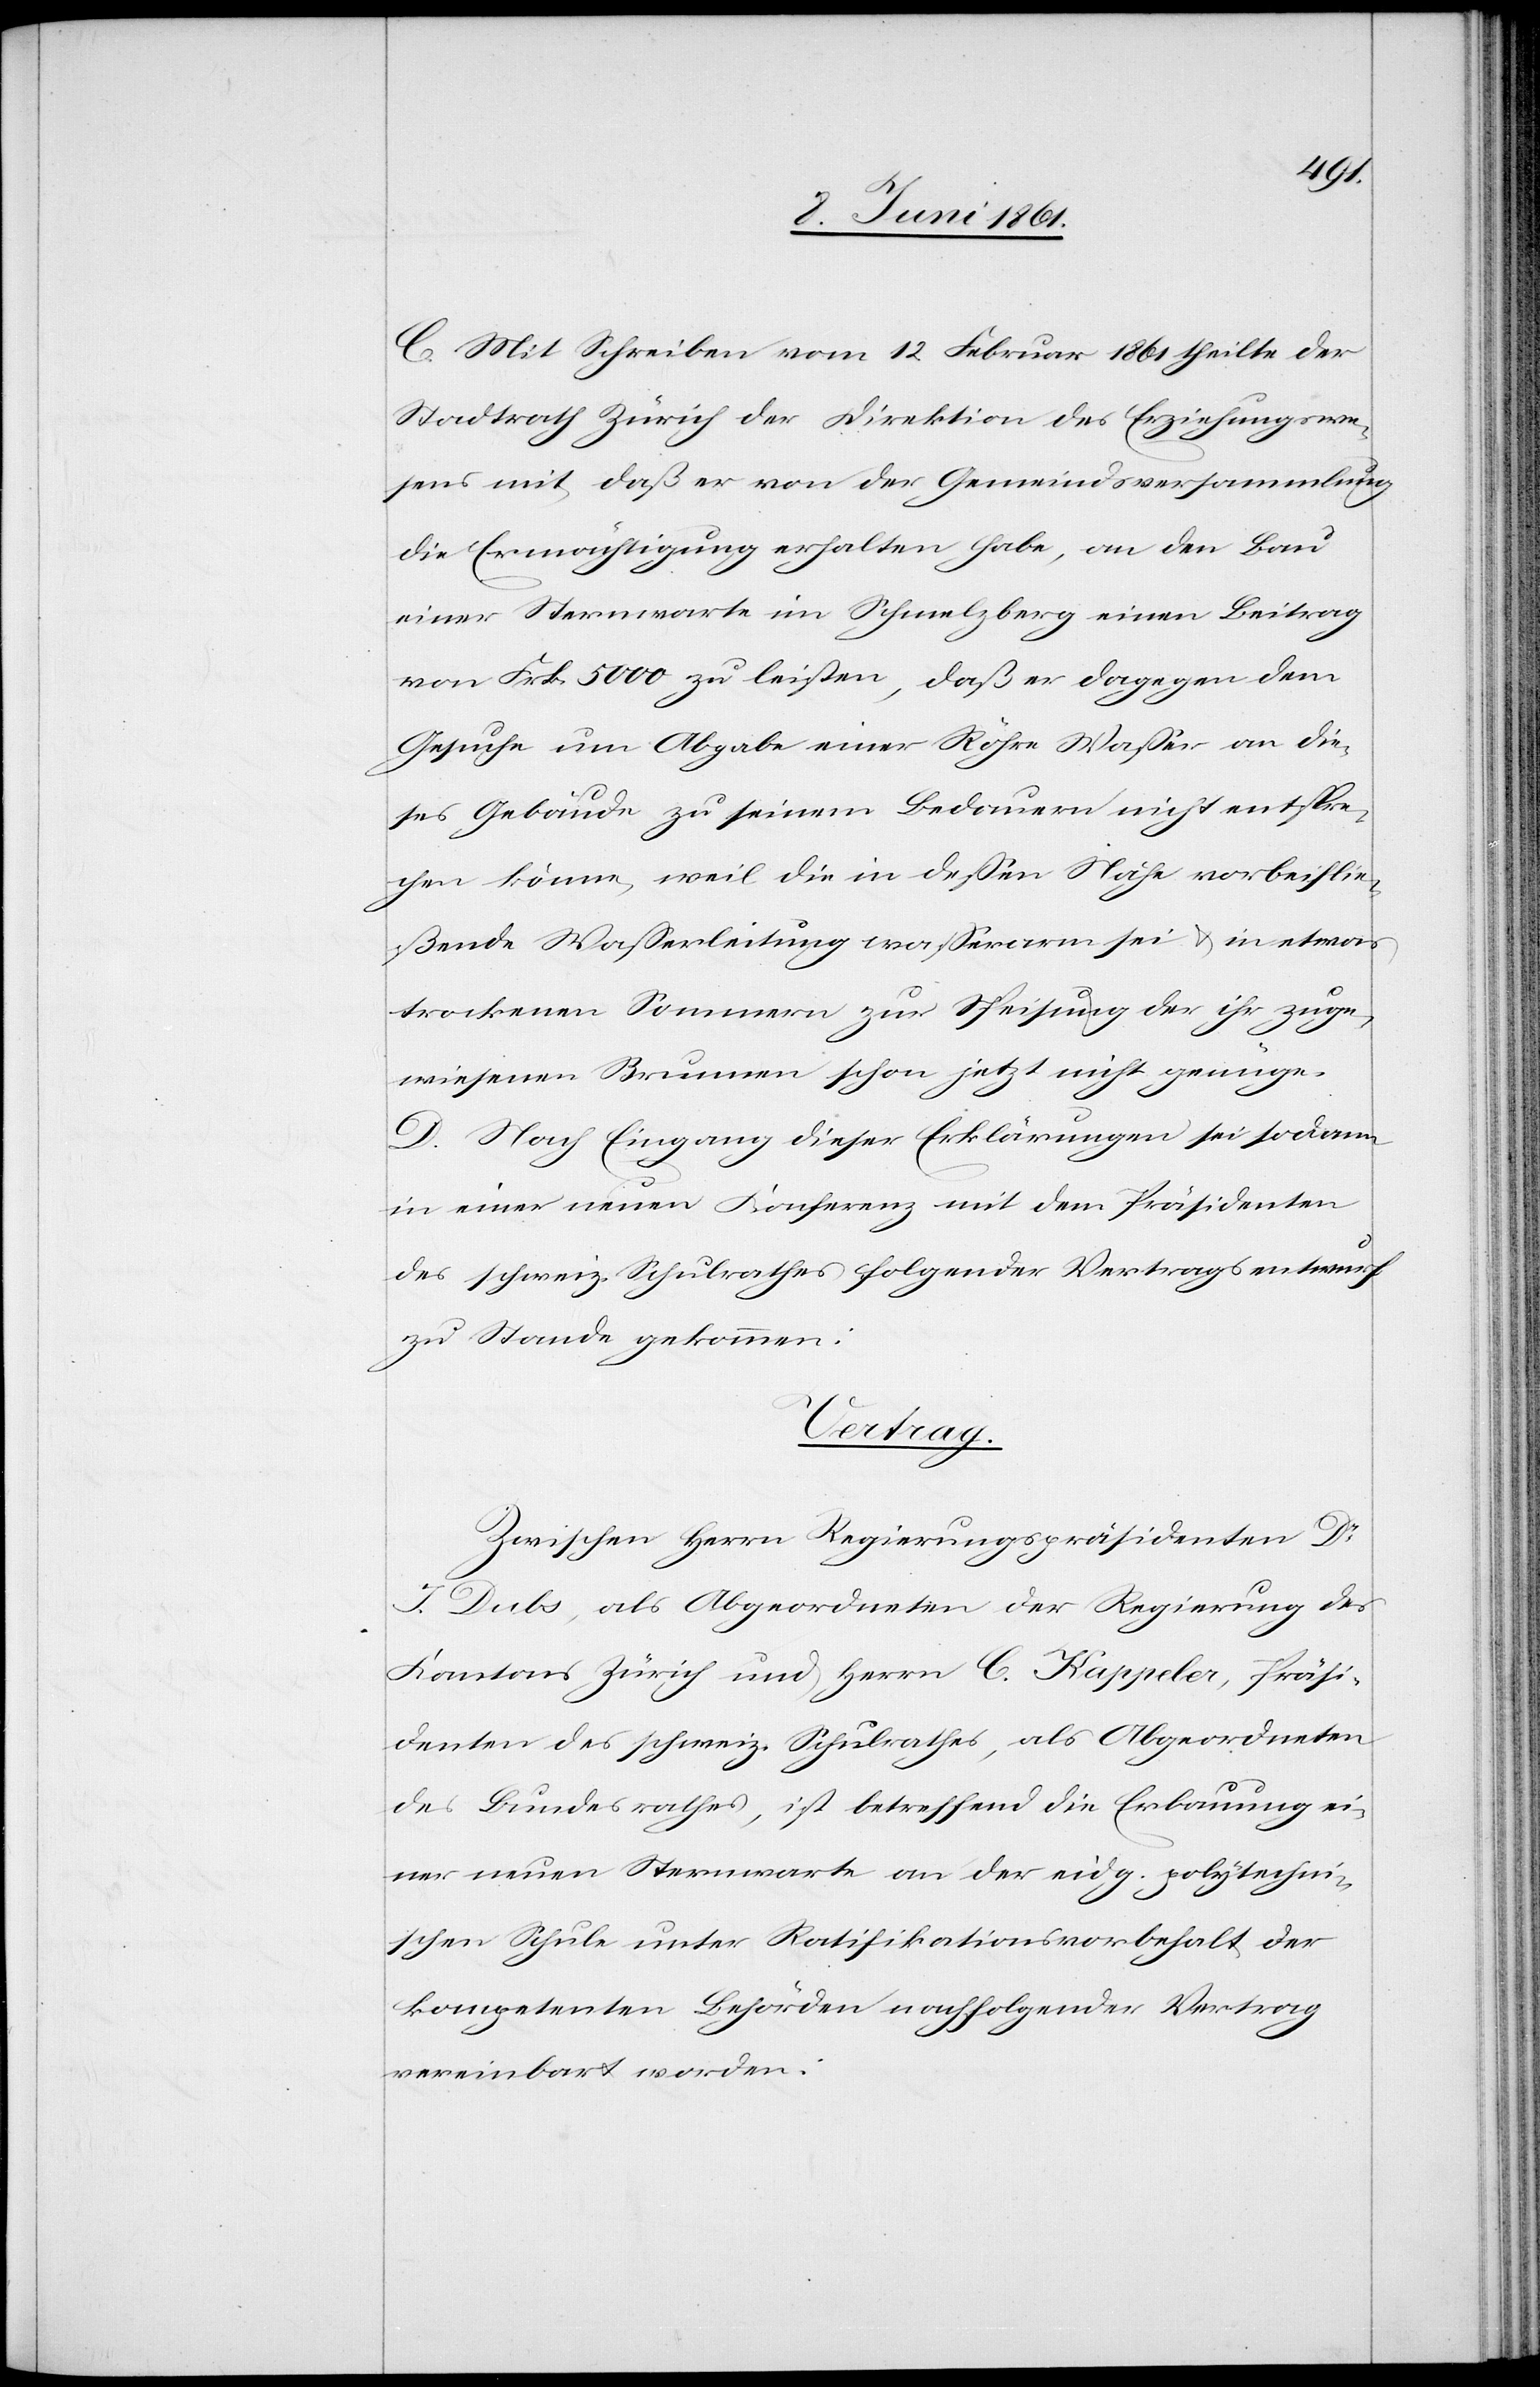
C. Mit Schreiben vom 12. Februar 1861 theilte der
Stadtrath Zürich der Direktion des Erziehungswe¬
sens mit, daß er von der Gemeindsversammlung
die Ermächtigung erhalten habe, an den Bau
einer Sternwarte im Schmelzberg einen Beitrag
von Frk. 5000 zu leisten, daß er dagegen dem
Gesuche um Abgabe einer Röhre Wasser an die¬
ses Gebäude zu seinem Bedauern nicht entspre¬
chen könne, weil die in diesen Nähe vorbeiflie¬
ßende Wasserleitung wasserarm sei u. in etwas
trockenen Sommern zur Speisung der ihr zuge¬
wiesenen Brunnen schon jetzt nicht genüge.
D. Nach Eingang dieser Erklärungen sei sodann
in einer neuen Konferenz mit dem Präsidenten
des schweiz. Schulrathes folgender Vertragsentwurf
zu Stande gekommen:
Vertrag:
Zwischen Herrn Regierungspräsidenten Dr
J. Dubs, als Abgeordneten der Regierung des
Kantons Zürich und Herrn C. Kappeler, Präsi¬
denten des schweiz. Schulrathes, als Abgeordneten
des Bundesrathes, ist betreffend die Erbauung ei¬
ner neuen Sternwarte an der eidg. polytechni¬
schen Schule unter Ratifikationsvorbehalt der
kompetenten Behörden nachfolgender Vertrag
vereinbart worden: